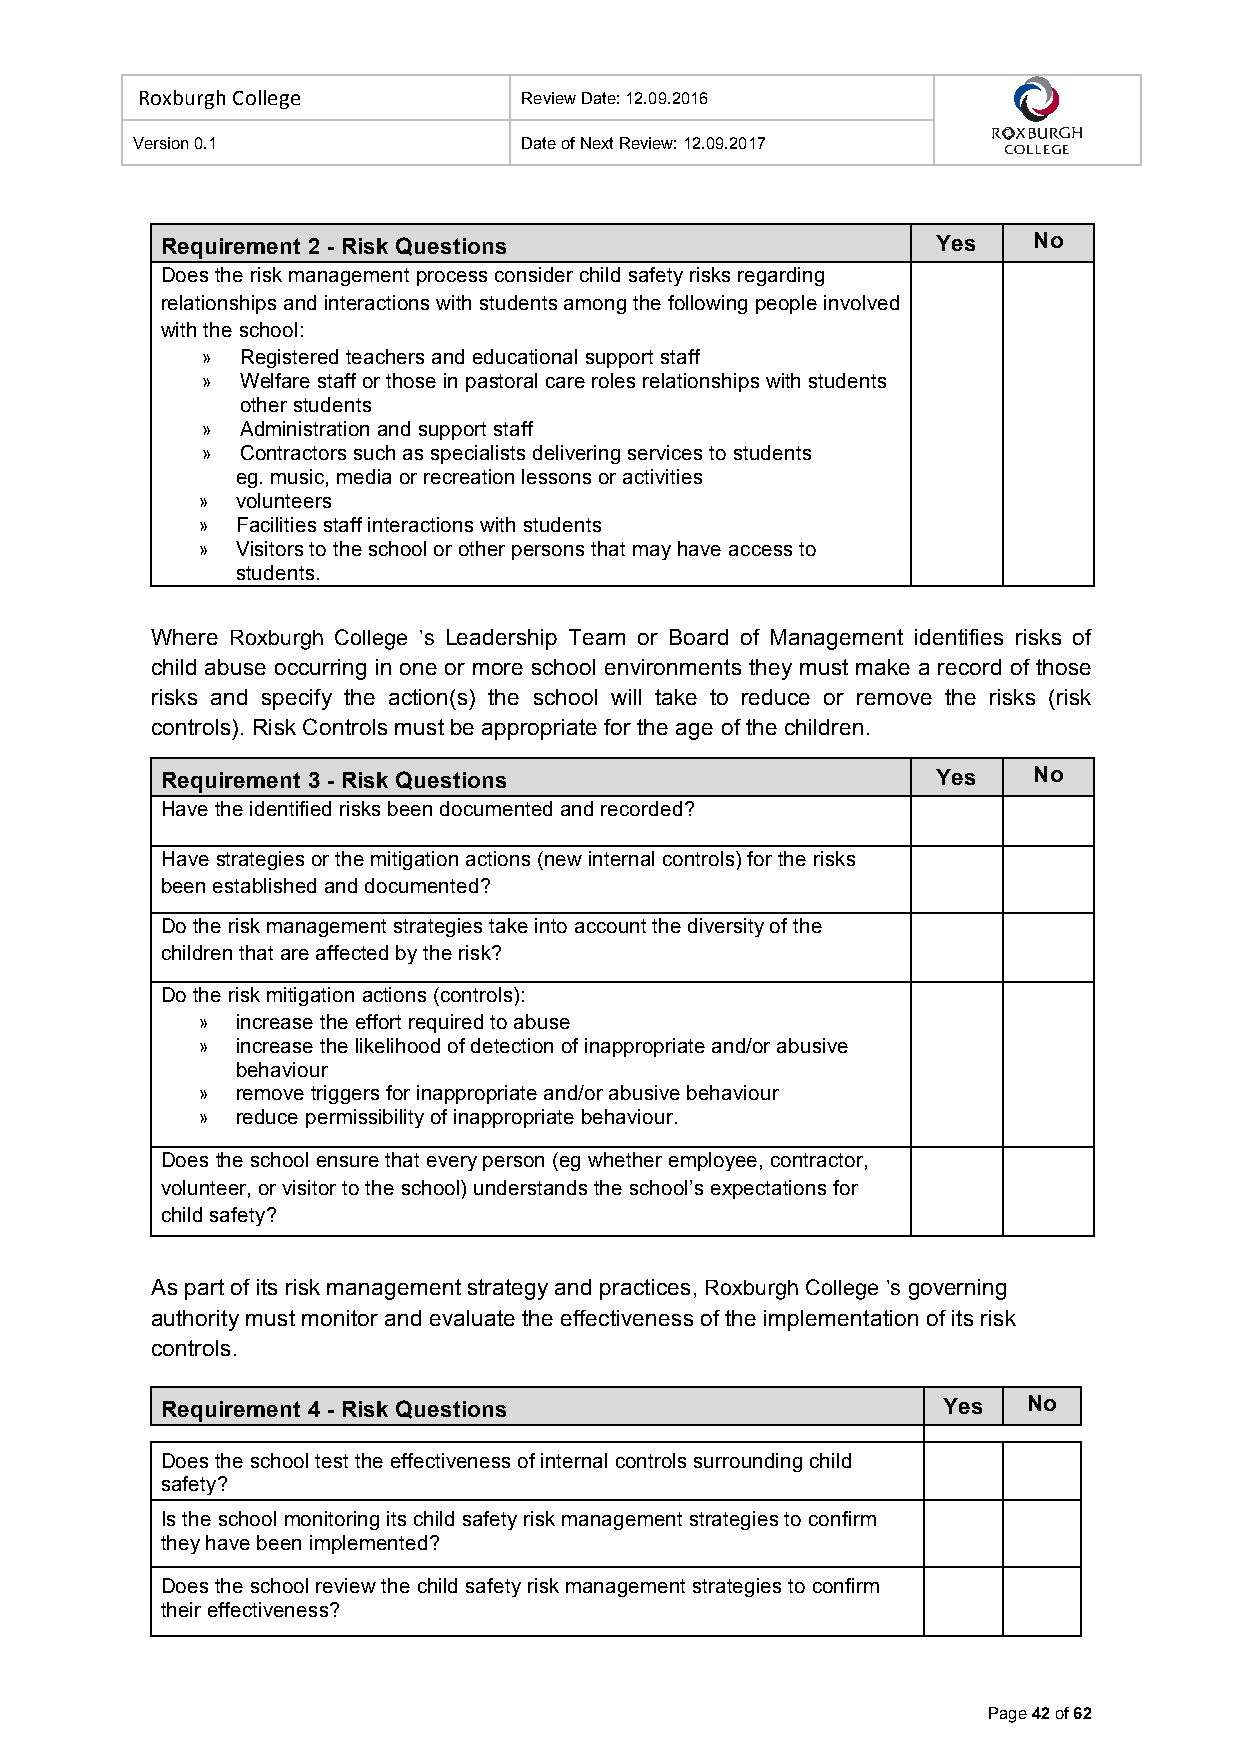
Roxburgh College          Review Date: 12.09.2016
 Version 0.1               Date of Next Review: 12.09.2017
 Requirement 2 - Risk Questions                     Yes   No
 Does the risk management process consider child safety risks regarding
 relationships and interactions with students among the following people involved
 with the school:
 »  Registered teachers and educational support staff
 »  Welfare staff or those in pastoral care roles relationships with students
 other students
 »  Administration and support staff
 »  Contractors such as specialists delivering services to students
 eg. music, media or recreation lessons or activities
 »  volunteers
 »  Facilities staff interactions with students
 »  Visitors to the school or other persons that may have access to
 students.
 Where Roxburgh College ’s Leadership Team or Board of Management identifies risks of
 child abuse occurring in one or more school environments they must make a record of those
 risks and specify the action(s) the school will take to reduce or remove the risks (risk
 controls). Risk Controls must be appropriate for the age of the children.
 Requirement 3 - Risk Questions                     Yes   No
 Have the identified risks been documented and recorded?
 Have strategies or the mitigation actions (new internal controls) for the risks
 been established and documented?
 Do the risk management strategies take into account the diversity of the
 children that are affected by the risk?
 Do the risk mitigation actions (controls):
 »  increase the effort required to abuse
 »  increase the likelihood of detection of inappropriate and/or abusive
 behaviour
 »  remove triggers for inappropriate and/or abusive behaviour
 »  reduce permissibility of inappropriate behaviour.
 Does the school ensure that every person (eg whether employee, contractor,
 volunteer, or visitor to the school) understands the school’s expectations for
 child safety?
 As part of its risk management strategy and practices, Roxburgh College ’s governing
 authority must monitor and evaluate the effectiveness of the implementation of its risk
 controls.
 Requirement 4 - Risk Questions                     Yes   No
 Does the school test the effectiveness of internal controls surrounding child
 safety?
 Is the school monitoring its child safety risk management strategies to confirm
 they have been implemented?
 Does the school review the child safety risk management strategies to confirm
 their effectiveness?
 Page 42 of 62